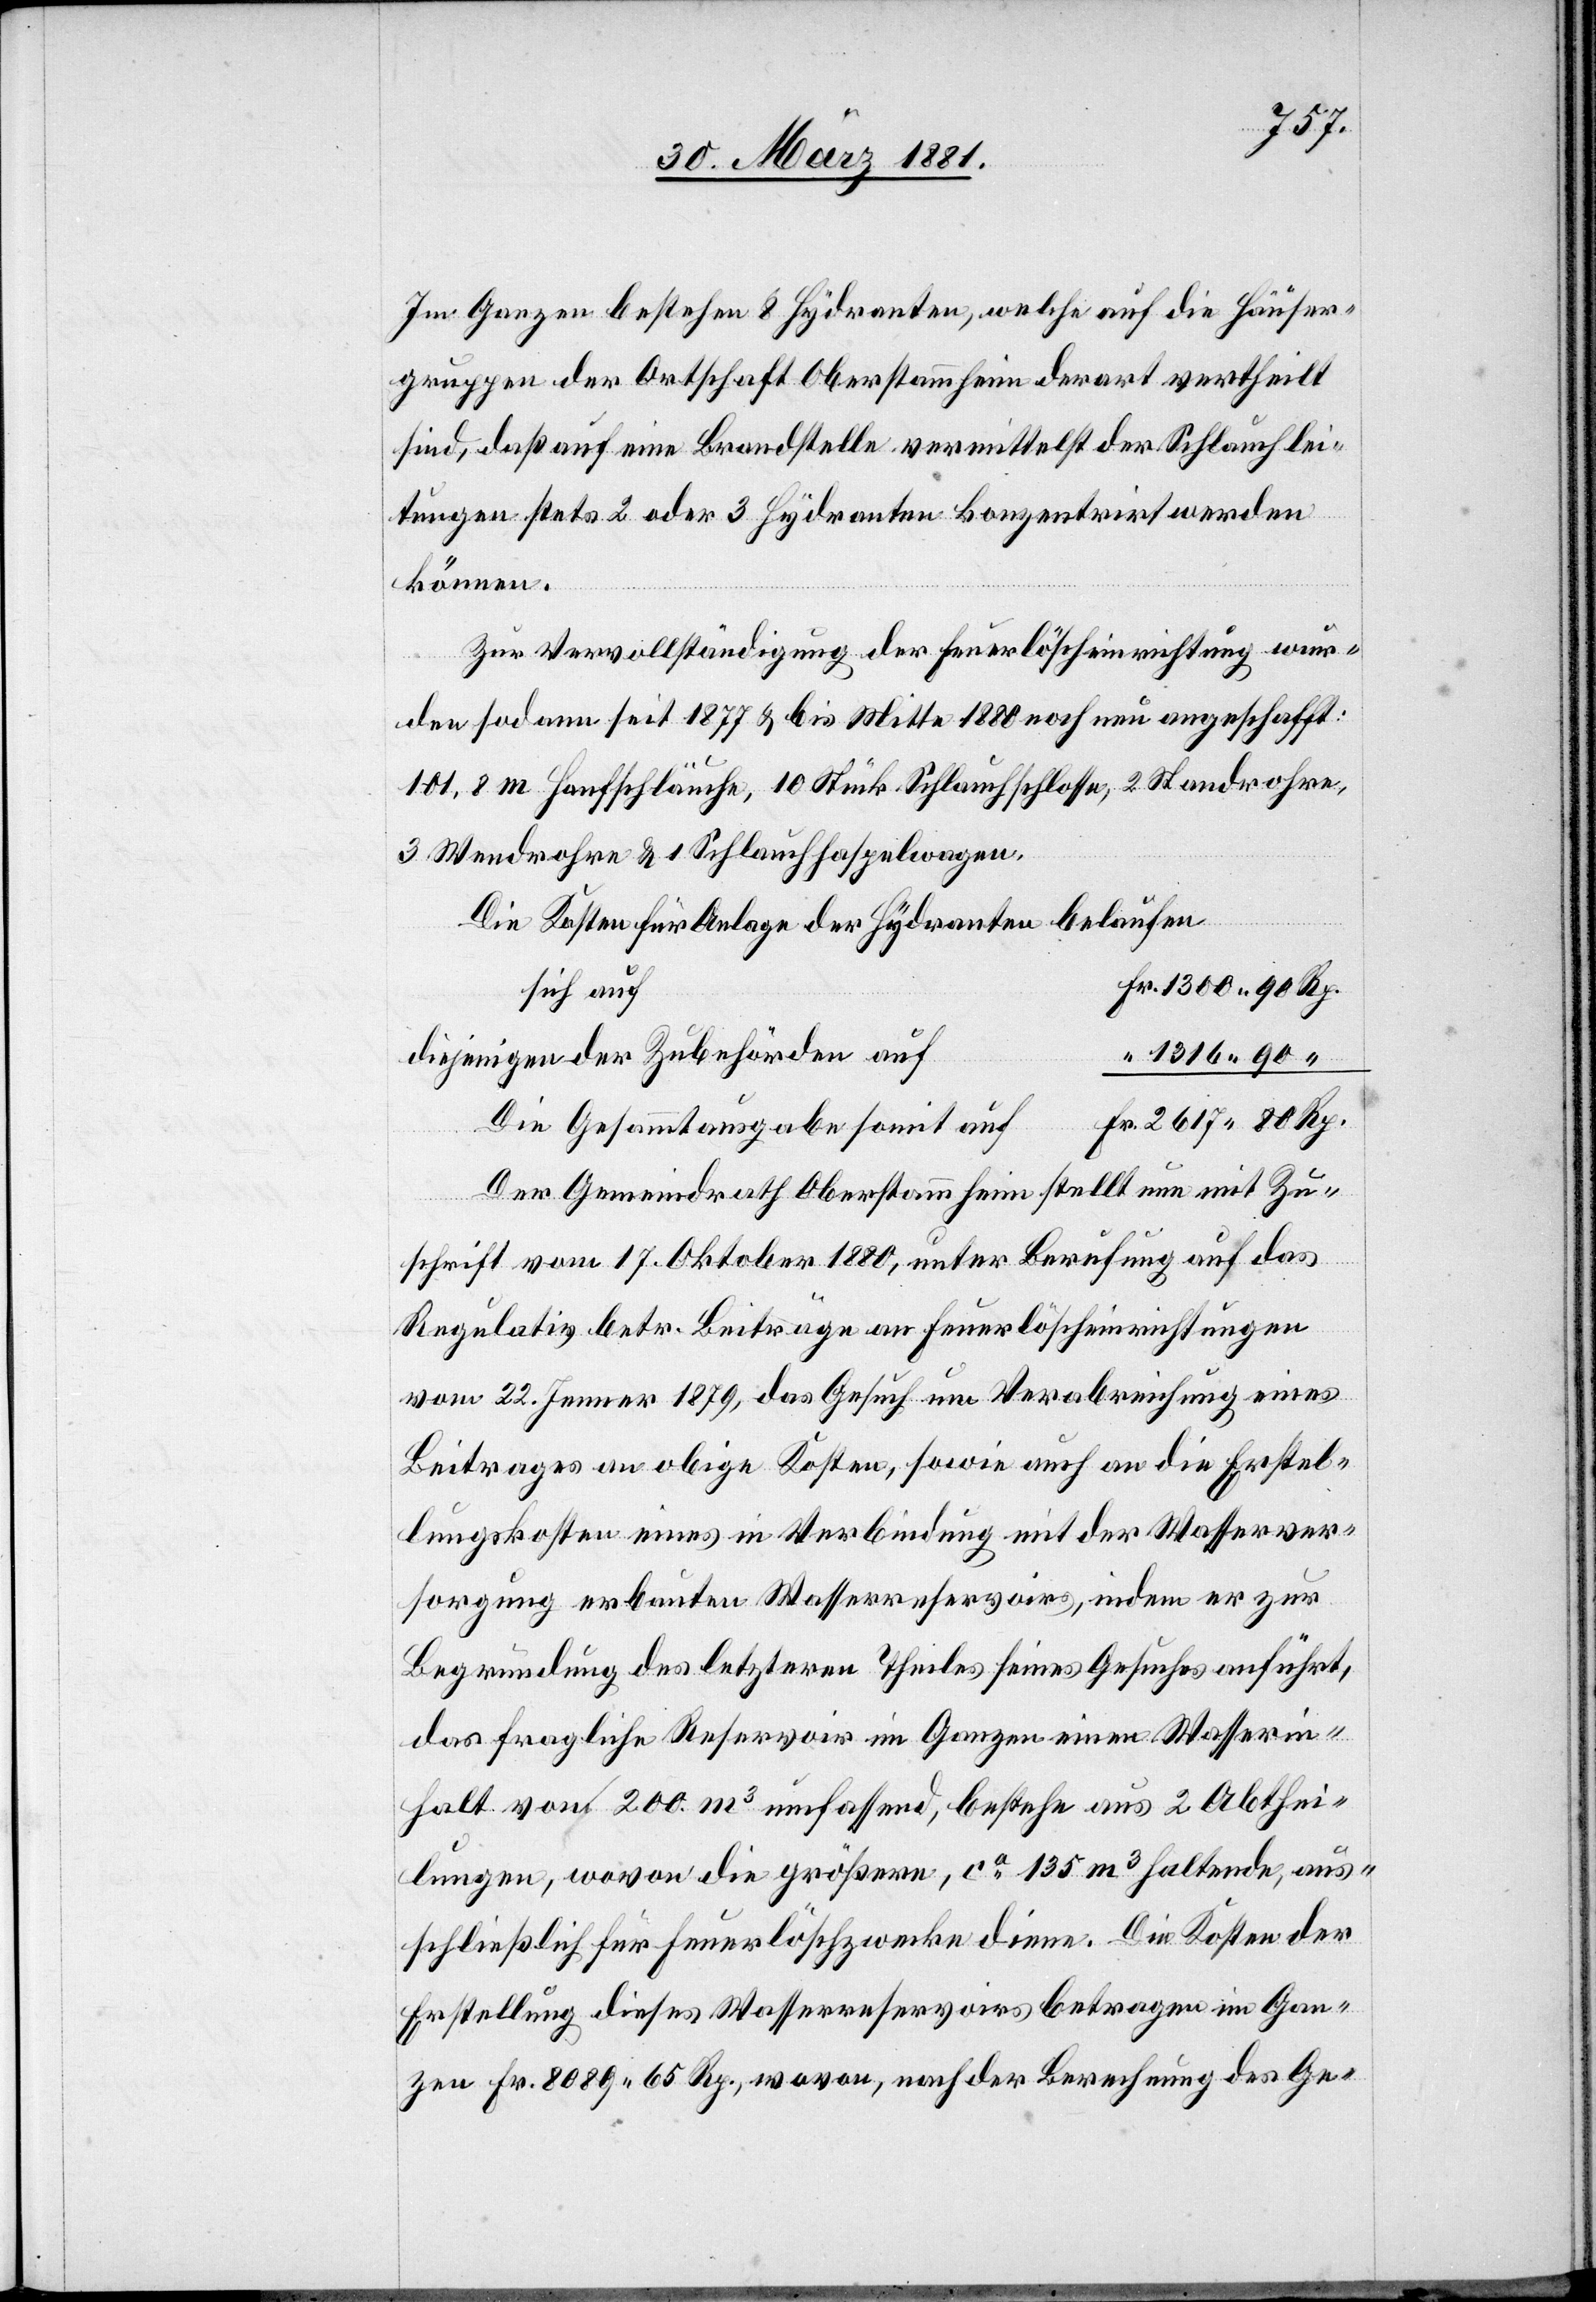
Im Ganzen bestehen 8 Hydranten, welche auf die Häuser¬
gruppen der Ortschaft Oberstammheim derart vertheilt
sind, daß auf eine Brandstelle vermittelst der Schlauchlei¬
tungen stets 2 oder 3 Hydranten konzentrirt werden
können.
Zur Vervollständigung der Feuerlöscheinrichtung wur¬
den sodann seit 1877 & bis Mitte 1880 noch neu angeschafft:
101,8 m Hanfschläuche, 10 Stück Schlauchschlosse, 2 Standrohre,
3 Wendrohre & 1 Schlauchhaspelwagen.
Die Kosten für Anlage der Hydranten belaufen
sich auf
1300 90
diejenigen der Zubehörden auf
“
Die Gesammtausgabe somit auf
Der Gemeindrath Oberstammheim stellt nun mit Zu¬
schrift vom 17. Oktober 1880, unter Berufung auf das
Regulativ betr. Beiträge an Feuerlöscheinrichtungen
vom 22. Jenner 1879, das Gesuch um Verabreichung eines
Beitrages an obige Kosten, sowie auch an die Erstel¬
lungskosten eines in Verbindung mit der Wasserver¬
sorgung erbauten Wasserreservoirs, indem er zur
Begründung des letzteren Theiles seines Gesuches anführt,
das fragliche Reservoir im Ganzen einen Wasserin¬
halt von 200 m3 umfassend, bestehe aus 2 Abthei¬
lungen, wovon die größere, ca 135 m3 haltende, aus¬
schließlich für Feuerlöschzwecke diene. Die Kosten der
Erstellung dieses Wasserreservoirs betragen im Gan¬
zen Fr. 8089 65 Rp., wovon, nach der Berechnung des Ge-